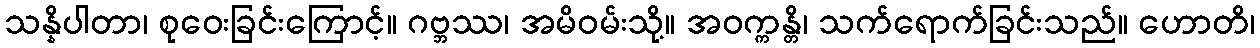
သန္နိပါတာ၊ စုဝေးခြင်းကြောင့်။ ဂဗ္ဘဿ၊ အမိဝမ်းသို့။ အဝက္ကန္တိ၊ သက်ရောက်ခြင်းသည်။ ဟောတိ၊